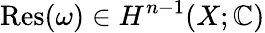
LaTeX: \operatorname{Res}(\omega)\in H^{n-1}(X;\mathbb{C})